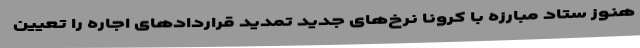
هنوز ستاد مبارزه با کرونا نرخ‌های جدید تمدید قراردادهای اجاره را تعیین